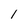
Character: l